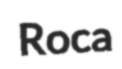
Roca